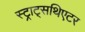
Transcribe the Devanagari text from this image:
स्ट्राट्सथिएटर